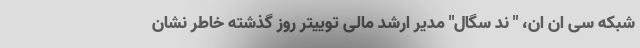
شبکه سی ان ان، " نِد سگال" مدیر ارشد مالی توییتر روز گذشته خاطر نشان